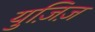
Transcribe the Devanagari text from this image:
युज़िज़